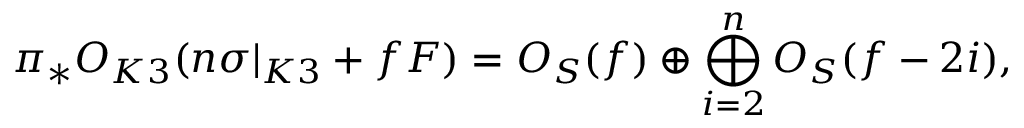
\pi _ { * } { \cal O } _ { K 3 } ( n \sigma | _ { K 3 } + f F ) = { \cal O } _ { { \cal S } } ( f ) \oplus \bigoplus _ { i = 2 } ^ { n } { \cal O } _ { { \cal S } } ( f - 2 i ) ,